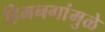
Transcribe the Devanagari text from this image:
हिमनगांमुळे